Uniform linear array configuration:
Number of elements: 64
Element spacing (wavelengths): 0.25
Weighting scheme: cosine
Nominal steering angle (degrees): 15
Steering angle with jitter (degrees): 13.373
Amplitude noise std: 0.05
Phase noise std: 0.05

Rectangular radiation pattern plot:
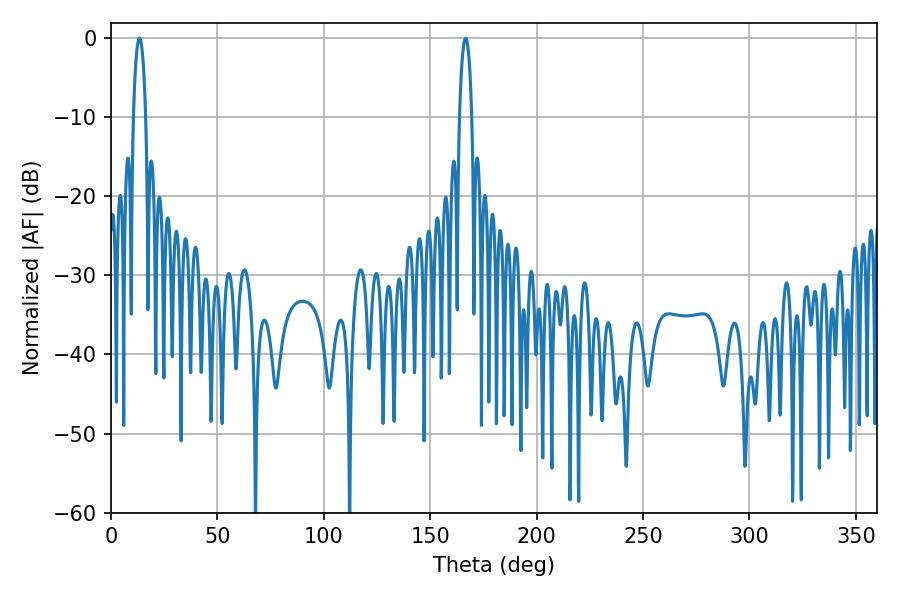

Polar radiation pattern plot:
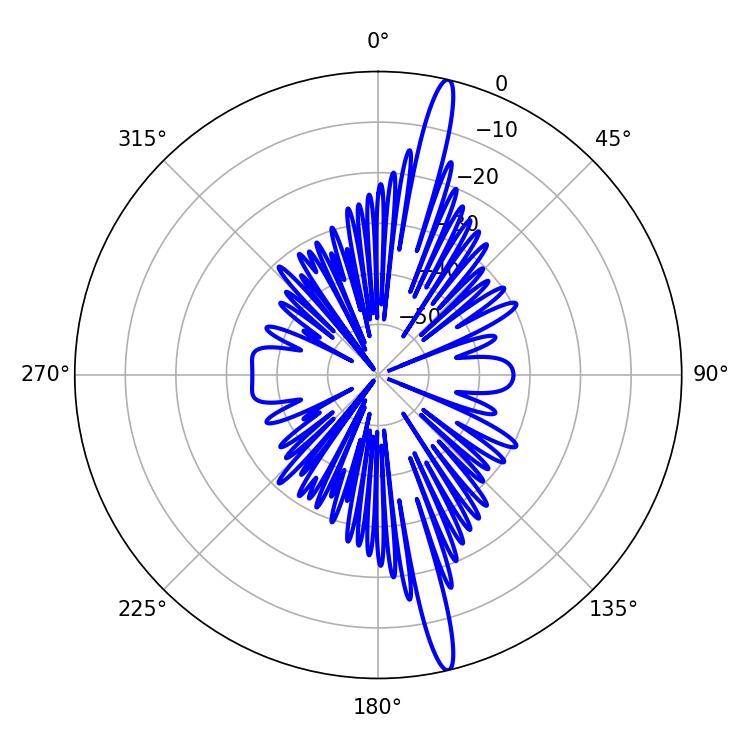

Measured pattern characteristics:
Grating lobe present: FALSE
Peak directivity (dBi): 18.241
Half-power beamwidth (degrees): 3.24
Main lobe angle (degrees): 13.32